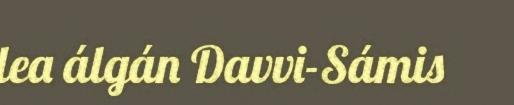
lea álgán Davvi-Sámis